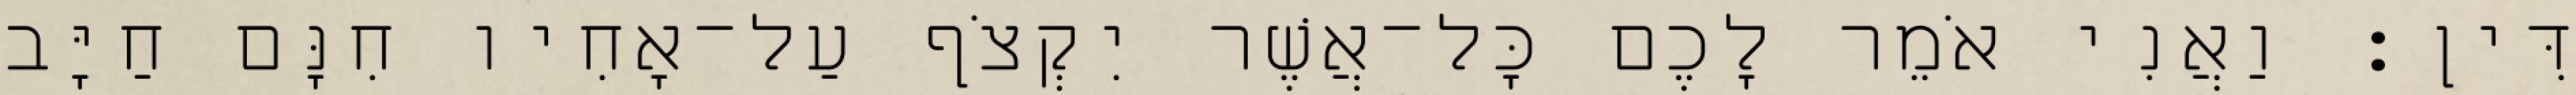
דִּין׃ וַאֲנִי אֹמֵר לָכֶם כָּל־אֲשֶׁר יִקְצֹף עַל־אָחִיו חִנָּם חַיָּב